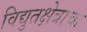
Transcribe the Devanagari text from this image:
विद्युतक्षेत्राचा